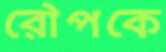
রৌপকে